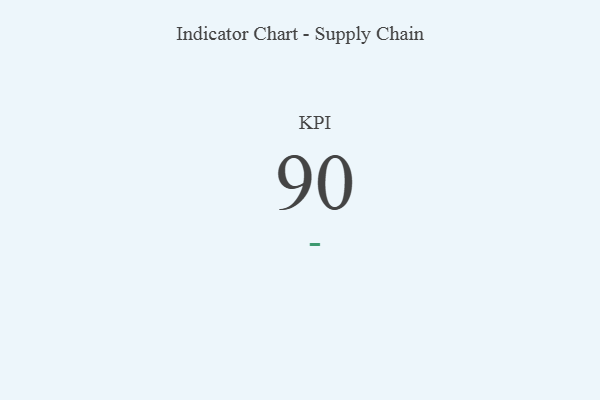
{"axis": {"x": "KPI", "y": "Value"}, "legend": [""], "data": [{"x": "KPI", "y": 90, "type": ""}]}